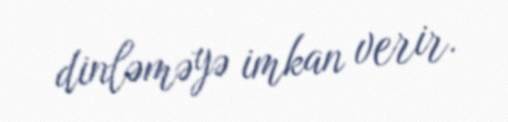
dinləməyə imkan verir.